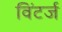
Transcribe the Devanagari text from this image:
विंटर्ज